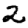
Digit: 2